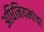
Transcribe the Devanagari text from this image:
अधिनियमांचा